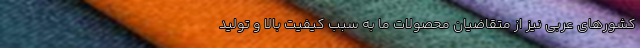
كشورهاي عربي نيز از متقاضيان محصولات ما به سبب كيفيت بالا و توليد